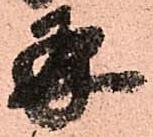
并